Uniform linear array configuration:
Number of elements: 8
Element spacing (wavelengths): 0.75
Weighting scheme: blackman
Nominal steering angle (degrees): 0
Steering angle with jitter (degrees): -0.1835
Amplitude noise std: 0.05
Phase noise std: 0.05

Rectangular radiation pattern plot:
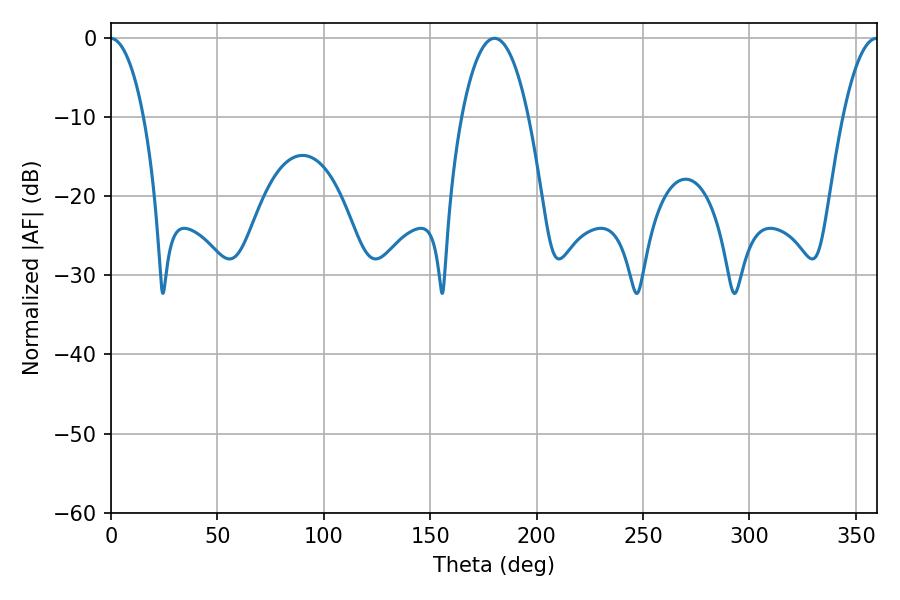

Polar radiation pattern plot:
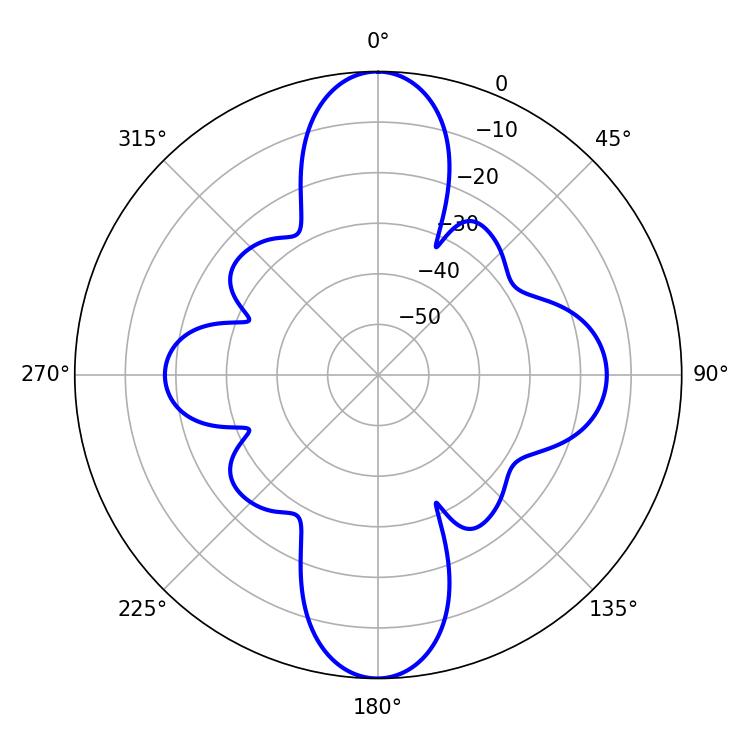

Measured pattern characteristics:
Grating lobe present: TRUE
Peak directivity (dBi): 25.762
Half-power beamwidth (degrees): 17.46
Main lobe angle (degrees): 180.18